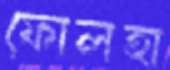
ফোলহা